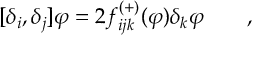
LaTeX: \lbrack \delta _ { i } , \delta _ { j } ] \varphi = 2 f _ { i j k } ^ { \left( + \right) } ( \varphi ) \delta _ { k } \varphi \qquad ,